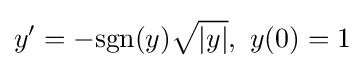
y'=-{\text{sgn}}(y){\sqrt {|y|}},\,\,y(0)=1